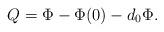
LaTeX: \begin{align*}Q=\Phi-\Phi(0)-d_{0}\Phi.\end{align*}